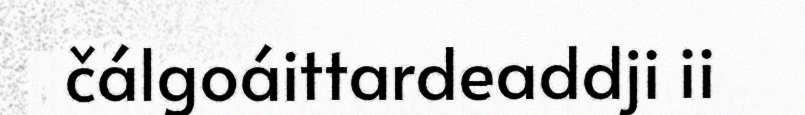
čálgoáittardeaddji ii